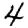
Digit: 4